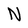
Character: N